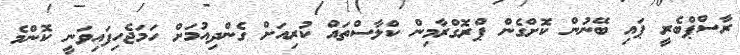
ރާސްޕްބެރީ ޕައި ބޭނުން ކޮށްގެން ޕްރޮގްރާމިން ކްލާސްތައް ކުރިއަށް ގެންދިއުމަށް ހަމަޖެހިފައިވަނީ ކޮންމެ